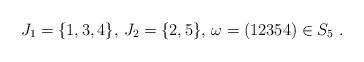
LaTeX: \begin{align*}J_1 = \{1,3,4\},\, J_2= \{2,5\},\,\omega = (12354)\in S_5\;.\end{align*}